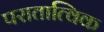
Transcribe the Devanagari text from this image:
परातात्विक